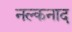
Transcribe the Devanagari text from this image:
नल्कनाद